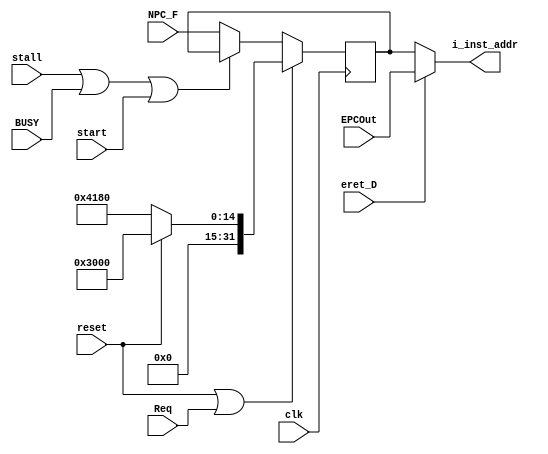
`timescale 1ns / 1ps
//////////////////////////////////////////////////////////////////////////////////
// Company: 
// Engineer: 
// 
// Design Name: 
// Module Name:    A_PC 
// Project Name: 
// Target Devices: 
// Tool versions: 
// Description: 
//
// Dependencies: 
//
// Revision: 
// Revision 0.01 - File Created
// Additional Comments: 
//
//////////////////////////////////////////////////////////////////////////////////
module A_PC(
    input [31:0] NPC_F,
    input clk,
    input reset,
	 input stall,
	 input BUSY,
	 input start,
    output [31:0] i_inst_addr,
	 input [31:0] EPCOut,
	 input eret_D,
	 input Req
    );

reg [31:0] code;
wire EN_PC;

initial begin
	code <= 32'h0000_3000;
end

assign EN_PC = !(stall | BUSY | start);

always @(posedge clk)begin
	if(reset | Req)begin
		code <= (reset == 1) ? 32'h0000_3000 : 32'h0000_4180;
	end
	else begin
		if(EN_PC)begin
			code <= NPC_F;
		end
	end
end

assign i_inst_addr = (eret_D == 1) ? EPCOut : code;

endmodule